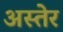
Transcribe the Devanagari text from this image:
अस्तेर